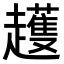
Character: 𧾛